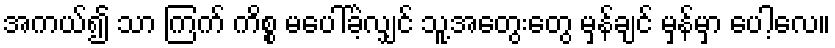
အကယ်၍ သာ ကြက် ကိစ္စ မပေါ်ခဲ့လျှင် သူ့အတွေးတွေ မှန်ချင် မှန်မှာ ပေါ့လေ။